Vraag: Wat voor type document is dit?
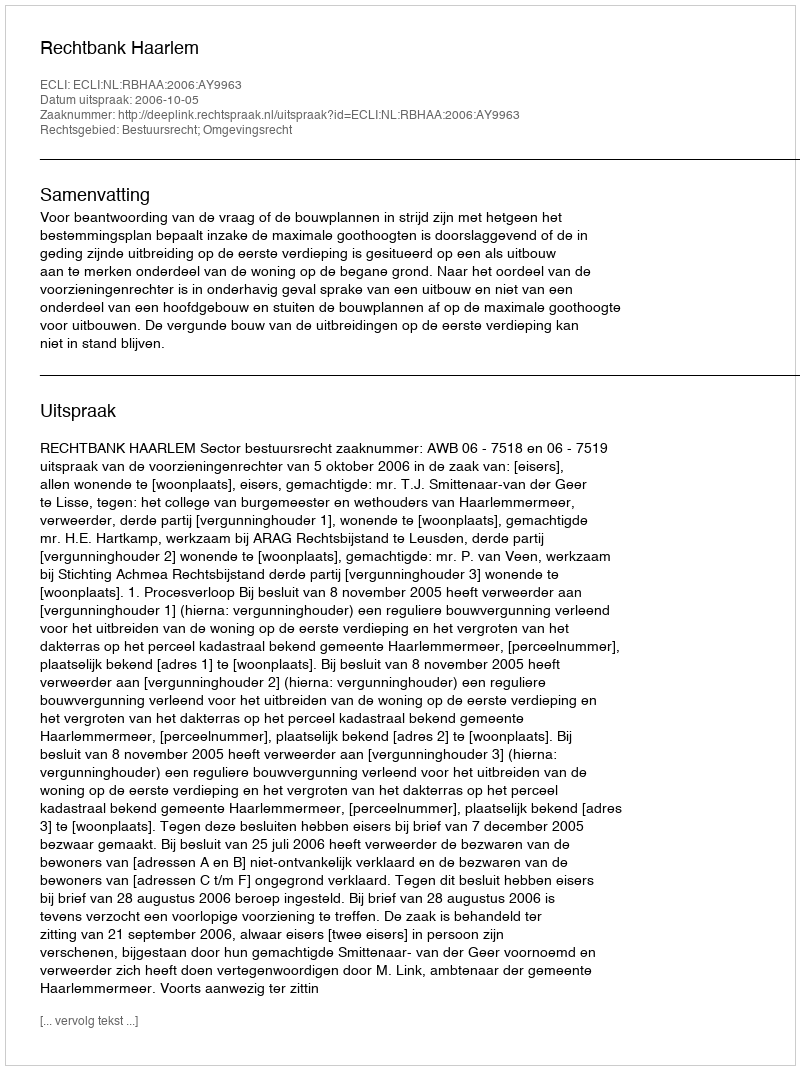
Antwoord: Uitspraak